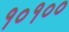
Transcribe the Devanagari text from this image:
१०१००